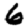
Digit: 6